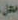
محل